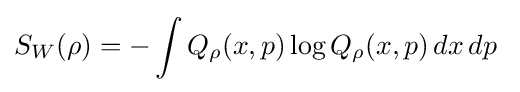
S_{W}(\rho )=-\int Q_{\rho }(x,p)\log Q_{\rho }(x,p)\,dx\,dp~